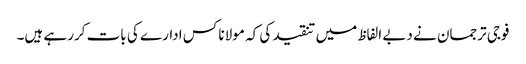
فوجی ترجمان نے دبے الفاظ میں تنقید کی کہ مولانا کس ادارے کی بات کررہے ہیں۔